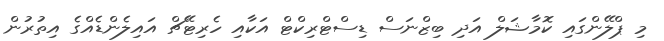
މި ޕްލޭންގައި ކޮމާޝަލް އަދި ބިޒްނަސް ޑިސްޓްރިކްޓް އަކާއި ހެރިޓޭޗް އައިލެންޑެއްގެ އިތުރުން